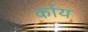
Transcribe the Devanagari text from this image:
र्काय